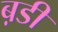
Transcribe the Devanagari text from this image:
ब़डी